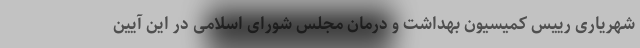
شهریاری رییس کمیسیون بهداشت و درمان مجلس شورای اسلامی در این آیین